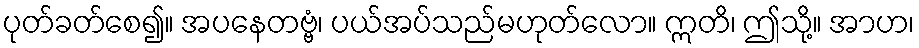
ပုတ်ခတ်စေ၍။ အပနေတဗ္ဗံ၊ ပယ်အပ်သည်မဟုတ်လော။ ဣတိ၊ ဤသို့။ အာဟ၊